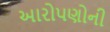
આરોપણોની